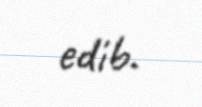
edib.